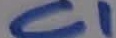
Text: C1